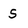
Character: S